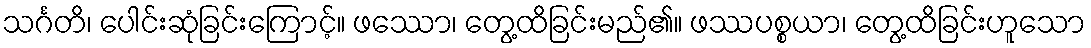
သင်္ဂတိ၊ ပေါင်းဆုံခြင်းကြောင့်။ ဖဿော၊ တွေ့ထိခြင်းမည်၏။ ဖဿပစ္စယာ၊ တွေ့ထိခြင်းဟူသော